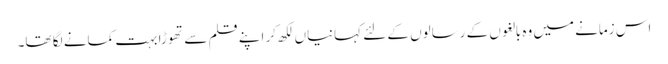
اس زمانے میں وہ بالغوں کے رسالوں کے لئے کہانیاں لکھ کر اپنے قلم سے تھوڑا بہت کمانے لگا تھا۔